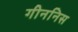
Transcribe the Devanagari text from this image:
गीननिस